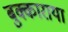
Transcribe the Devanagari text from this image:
बुक्काराया